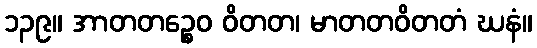
၁၃၉။ အာတတဉ္စေဝ ဝိတတ၊ မာတတဝိတတံ ဃနံ။